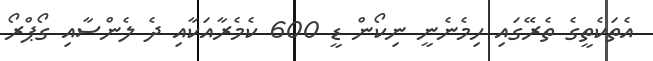
އެތަކެތީގެ ތެރޭގައި ހިމެނެނީ ނިކޯން ޑީ 600 ކެމެރާއަކާއި ދެ ލެންސާއި ގޯޕްރޯ